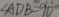
\angle A D B = 9 0 ^ { \circ }